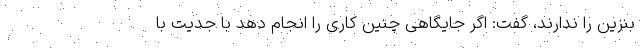
بنزین را ندارند، گفت: اگر جایگاهی چنین کاری را انجام دهد با جدیت با